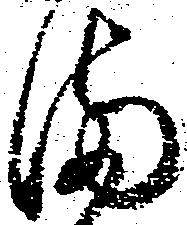
満